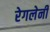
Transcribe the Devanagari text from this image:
रेगलेनी